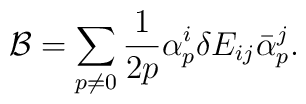
{\cal B} =  \sum_{p\neq 0}  \frac{1}{2p} \alpha_p^i \delta E_{ij}\bar{\alpha}_p^j.